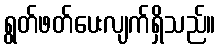
ရွတ်ဖတ်ပေးလျက်ရှိသည်။